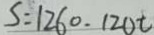
S = 1 2 6 0 . 1 2 0 t